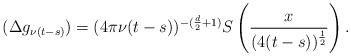
LaTeX: \begin{align*}(\Delta g_{\nu (t-s)} ) = (4\pi\nu(t-s))^{-(\frac{d}{2}+1)} S \left (\frac{x}{(4(t-s))^{\frac{1}{2}}} \right ).\end{align*}